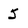
Character: 5